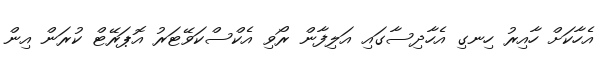
އެހާކަށް ހާއިރު ހިނގި އެހާދިސާގައި އަލިފާން ރޯވި އެކްސްކަވޭޓަރު އޮޕަރޭޓް ކުރަން އިން